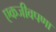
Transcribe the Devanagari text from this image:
एकजीवपणा